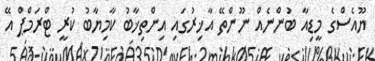
ޔޫއެސްގެ މީޑިއާ ބުންނެއް ނޫންތޭ އާޚިރުގައި އިންތިޚާބު ކާމިޔާބު ކުރީ ޓްރަމްޕް އޭ